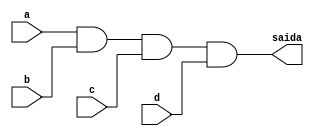
// Nome: Silvino Henrique Santos de Souza
// Matrcula: 412773

module metodoprovaj ( saida,a,b,c,d );

output saida;
input a,b,c,d;

and AND1 (saida,a,b,c,d);

endmodule
 
module testprova1;
reg a,b,c,d;
wire saida;

metodoprovaj PROVAJ ( saida,a,b,c,d );

initial begin:start
        a=0; b=0; c=0; d=0;
end

initial begin: main
#1 $display (" Circuito da questao j da prova ");
#1 $display (" a |  b |  c |  d  =  saida ");
  $monitor (" %b  | %b  | %b |  %b  =   %b ",a,b,c,d,saida);
           #1 a=0;    b=0;   c=0;   d=1;
			  #1 a=0;    b=0;   c=1;   d=0;
			  #1 a=0;    b=0;   c=1;   d=1;
			  #1 a=0;    b=1;   c=0;   d=0;
			  #1 a=0;    b=1;   c=0;   d=1;
			  #1 a=0;    b=1;   c=1;   d=0;
			  #1 a=0;    b=1;   c=1;   d=1;
			  #1 a=1;    b=0;   c=0;   d=0;
			  #1 a=1;    b=0;   c=0;   d=1;
			  #1 a=1;    b=0;   c=1;   d=0;
			  #1 a=1;    b=0;   c=1;   d=1;
			  #1 a=1;    b=1;   c=0;   d=0;
			  #1 a=1;    b=1;   c=0;   d=1;
			  #1 a=1;    b=1;   c=1;   d=0;
			  #1 a=1;    b=1;   c=1;   d=1;
			  
			  
			  
end
endmodule